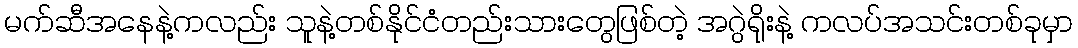
မက်ဆီအနေနဲ့ကလည်း သူနဲ့တစ်နိုင်ငံတည်းသားတွေဖြစ်တဲ့ အဂွဲရိုးနဲ့ ကလပ်အသင်းတစ်ခုမှာ